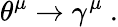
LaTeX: \theta^{\mu}\rightarrow\gamma^{\mu}\ .